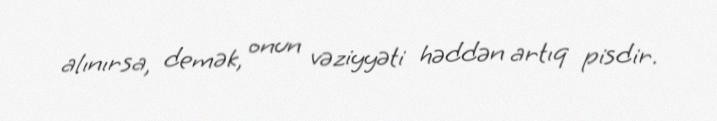
alınırsa, demək, onun vəziyyəti həddən artıq pisdir.